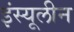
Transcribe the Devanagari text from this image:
इंस्यूलीन